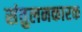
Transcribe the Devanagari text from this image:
संतुलनकारक